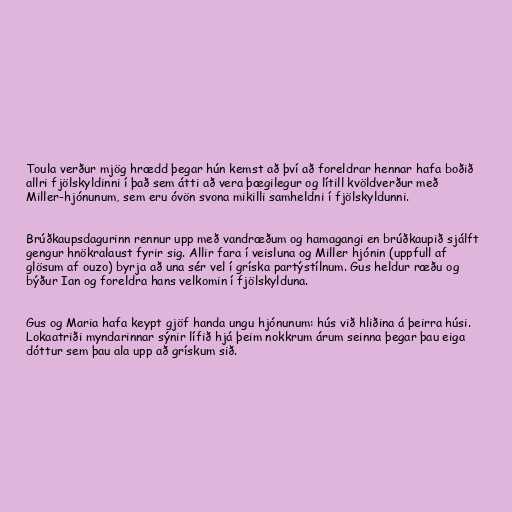
Toula verður mjög hrædd þegar hún kemst að því að foreldrar hennar hafa boðið
allri fjölskyldinni í það sem átti að vera þægilegur og lítill kvöldverður með
Miller-hjónunum, sem eru óvön svona mikilli samheldni í fjölskyldunni.

Brúðkaupsdagurinn rennur upp með vandræðum og hamagangi en brúðkaupið sjálft
gengur hnökralaust fyrir sig. Allir fara í veisluna og Miller hjónin (uppfull af
glösum af ouzo) byrja að una sér vel í gríska partýstílnum. Gus heldur ræðu og
býður Ian og foreldra hans velkomin í fjölskylduna.

Gus og Maria hafa keypt gjöf handa ungu hjónunum: hús við hliðina á þeirra húsi.
Lokaatriði myndarinnar sýnir lífið hjá þeim nokkrum árum seinna þegar þau eiga
dóttur sem þau ala upp að grískum sið.